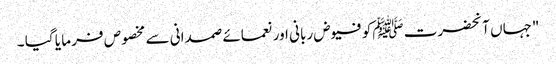
"جہاں آنحضرت ﷺکو فیوض ربانی اور نعمائے صمدانی سے مخصوص فر ما یا گیا ۔